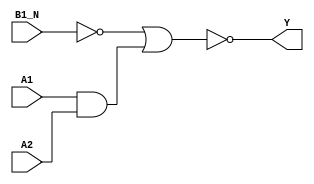
module sky130_fd_sc_ms__a21boi (
    Y   ,
    A1  ,
    A2  ,
    B1_N
);

    // Module ports
    output Y   ;
    input  A1  ;
    input  A2  ;
    input  B1_N;

    // Local signals
    wire b         ;
    wire and0_out  ;
    wire nor0_out_Y;

    //  Name  Output      Other arguments
    not not0 (b         , B1_N           );
    and and0 (and0_out  , A1, A2         );
    nor nor0 (nor0_out_Y, b, and0_out    );
    buf buf0 (Y         , nor0_out_Y     );

endmodule